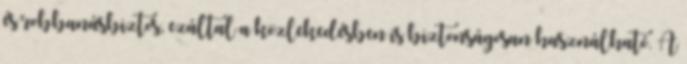
és robbanásbiztos, ezáltal a közlekedésben is biztonságosan használható. A